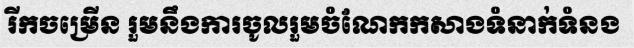
រីកចម្រើន រួមនឹងការចូលរួមចំណែកកសាងទំនាក់ទំនង